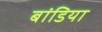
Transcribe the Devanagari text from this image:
बांडिया